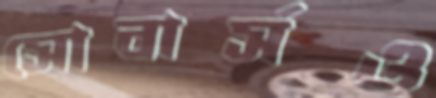
সোবার্সও